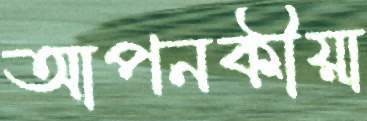
আপনকীয়া